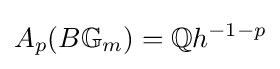
A_{p}(B\mathbb {G} _{m})=\mathbb {Q} h^{-1-p}